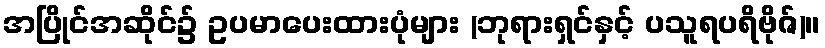
အပြိုင်အဆိုင်၌ ဥပမာပေးထားပုံများ (ဘုရားရှင်နှင့် ပသူရပရိဗိုဇ်)။